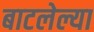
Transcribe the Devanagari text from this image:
बाटलेल्या